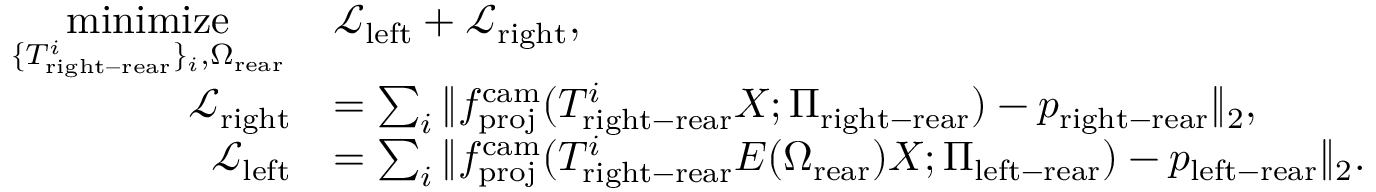
\begin{array} { r l } { \underset { \{ T _ { \mathrm { r i g h t - r e a r } } ^ { i } \} _ { i } , \Omega _ { \mathrm { r e a r } } } { \mathrm { m i n i m i z e } } \, } & { \mathcal { L } _ { \mathrm { l e f t } } + \mathcal { L } _ { \mathrm { r i g h t } } , } \\ { \mathcal { L } _ { \mathrm { r i g h t } } } & { = \sum _ { i } \| f _ { \mathrm { p r o j } } ^ { \mathrm { c a m } } ( T _ { \mathrm { r i g h t - r e a r } } ^ { i } X ; \Pi _ { \mathrm { r i g h t - r e a r } } ) - p _ { \mathrm { r i g h t - r e a r } } \| _ { 2 } , } \\ { \mathcal { L } _ { \mathrm { l e f t } } } & { = \sum _ { i } \| f _ { \mathrm { p r o j } } ^ { \mathrm { c a m } } ( T _ { \mathrm { r i g h t - r e a r } } ^ { i } E ( \Omega _ { \mathrm { r e a r } } ) X ; \Pi _ { \mathrm { l e f t - r e a r } } ) - p _ { \mathrm { l e f t - r e a r } } \| _ { 2 } . } \end{array}